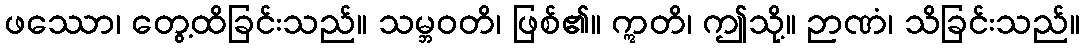
ဖဿော၊ တွေ့ထိခြင်းသည်။ သမ္ဘဝတိ၊ ဖြစ်၏။ ဣတိ၊ ဤသို့။ ဉာဏံ၊ သိခြင်းသည်။